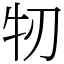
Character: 牣